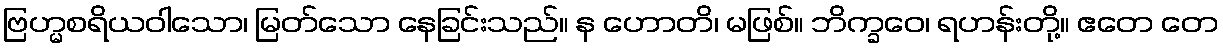
ဗြဟ္မစရိယဝါသော၊ မြတ်သော နေခြင်းသည်။ န ဟောတိ၊ မဖြစ်။ ဘိက္ခဝေ၊ ရဟန်းတို့။ ဧတေ တေ